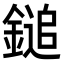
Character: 鎚